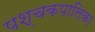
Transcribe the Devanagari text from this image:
पश्चकपालिका